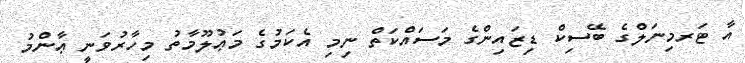
އާ ޓަރމިނަލްގެ ބޭސިކް ޑިޒައިންގެ މަސައްކަތް ނިމި އެކަމުގެ މަޢުލޫމާތު މިހާރުވަނީ ޢާންމު